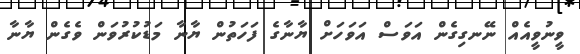
ވީނުވީއެއް ނޭނގިގެން އަވަސް އަވަހަށް ޔާނާގެ ފަހަތުން ޔާނާ މަޑުކުރުވަން ވެގެން ޔާނާ